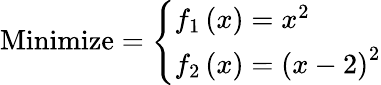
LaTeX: {\mathrm{Minimize}}={\left\{ \begin{array}{ll}{f_{1}\left(x\right)=x^{2}}\\ {f_{2}\left(x\right)=\left(x-2\right)^{2}}\end{array}\right.}